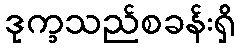
ဒုက္ခသည်စခန်းရှိ